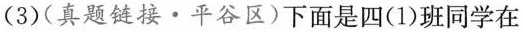
(3)(真题链接\cdot 平谷区)下面是四(1)班同学在